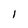
Character: 1